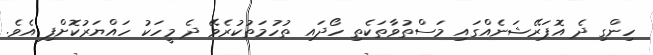
ހިންގި ދެ އޮޕަރޭޝަނެއްގައި މަސްތުވާތަކެތި ހޯދައި ތުހުމަތުކުރެވޭ ދެ މީހަކު ހައްޔަރުކޮށްފި އެވެ.